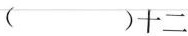
（)十二